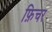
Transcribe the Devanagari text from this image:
फ़िचर